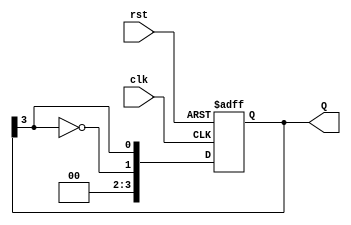
module johnson_counter #(parameter N = 4) (
    input wire clk,       // Clock input
    input wire rst,       // Reset input
    output reg [N-1:0] Q // Output state of the counter
);

    // Sequential logic for the Johnson counter
    always @(posedge clk or posedge rst) begin
        if (rst) begin
            Q <= 0; // Initialize to 0000 on reset
        end else begin
            // Shift the state and invert the last flip-flop output
            Q <= {~Q[N-1], Q[N-1:N-1]}; // Shift left and feed inverted last bit
        end
    end

endmodule